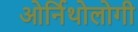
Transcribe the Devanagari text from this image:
ओर्निथोलोगी